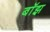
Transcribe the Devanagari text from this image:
बाॅझ